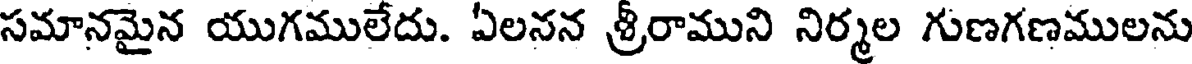
సమానమైన యుగములేదు. ఏలనన శ్రీరాముని నిర్మల గుణగణములను